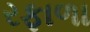
રફાળા